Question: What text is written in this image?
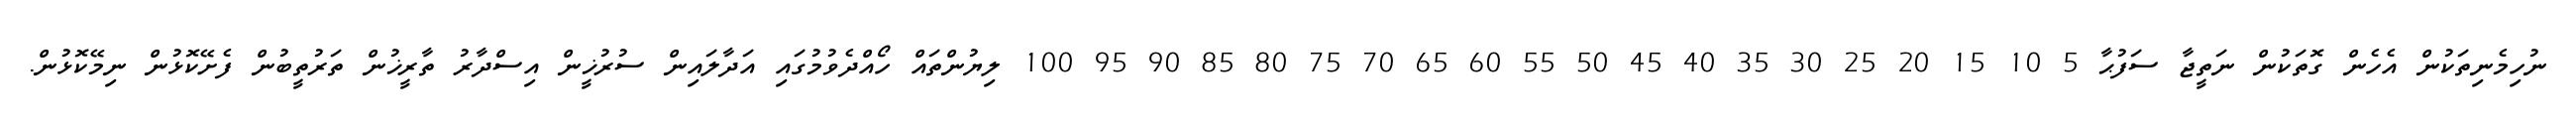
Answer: ނުހިމެނިތަކުން އެހެން ގޮތަކުން ނަތީޖާ ސަފުޙާ 5 10 15 20 25 30 35 40 45 50 55 60 65 70 75 80 85 90 95 100 ލިޔުންތައް ހޯއްދެވުމުގައި އަދާލައިން ސުރުޚީން އިސްދާރު ތާރީޚުން ތަރުތީބުން ފެށޭކޮޅުން ނިމޭކޮޅުން.